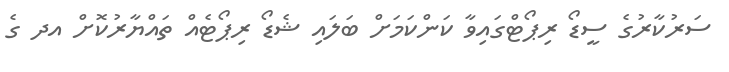
ސަރުކާރުގެ ސީޑޯ ރިޕޯޓްގައިވާ ކަންކަމަށް ބަލައި ޝެޑޯ ރިޕޯޓެއް ތައްޔާރުކޮށް އދ ގެ